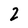
Character: 2